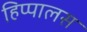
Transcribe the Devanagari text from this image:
हिप्पालस